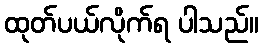
ထုတ်ပယ်လိုက်ရ ပါသည်။